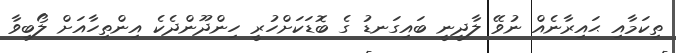
ތިކަމާއި ޙައިރާނެއް ނުވޭ ލާދީނީ ބައިގަނޑު ގެ ބޮޑަކަށްހުރީ ހިންދޫންދެކެ އިންތިހާއަށް ލޯބިވާ